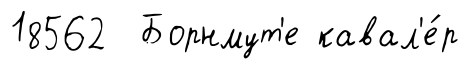
18562 Борнмут'е кавал'е́р